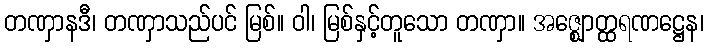
တဏှာနဒီ၊ တဏှာသည်ပင် မြစ်။ ဝါ၊ မြစ်နှင့်တူသော တဏှာ။ အဇ္ဈောတ္ထရဏဋ္ဌေန၊